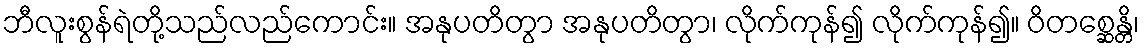
ဘီလူးစွန်ရဲတို့သည်လည်ကောင်း။ အနုပတိတွာ အနုပတိတွာ၊ လိုက်ကုန်၍ လိုက်ကုန်၍။ ဝိတစ္ဆေန္တိ၊